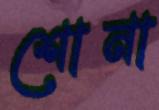
শোনা